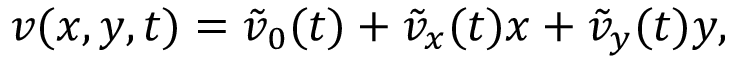
{ v } ( x , y , t ) = \tilde { v } _ { 0 } ( t ) + \tilde { v } _ { x } ( t ) x + \tilde { v } _ { y } ( t ) y ,